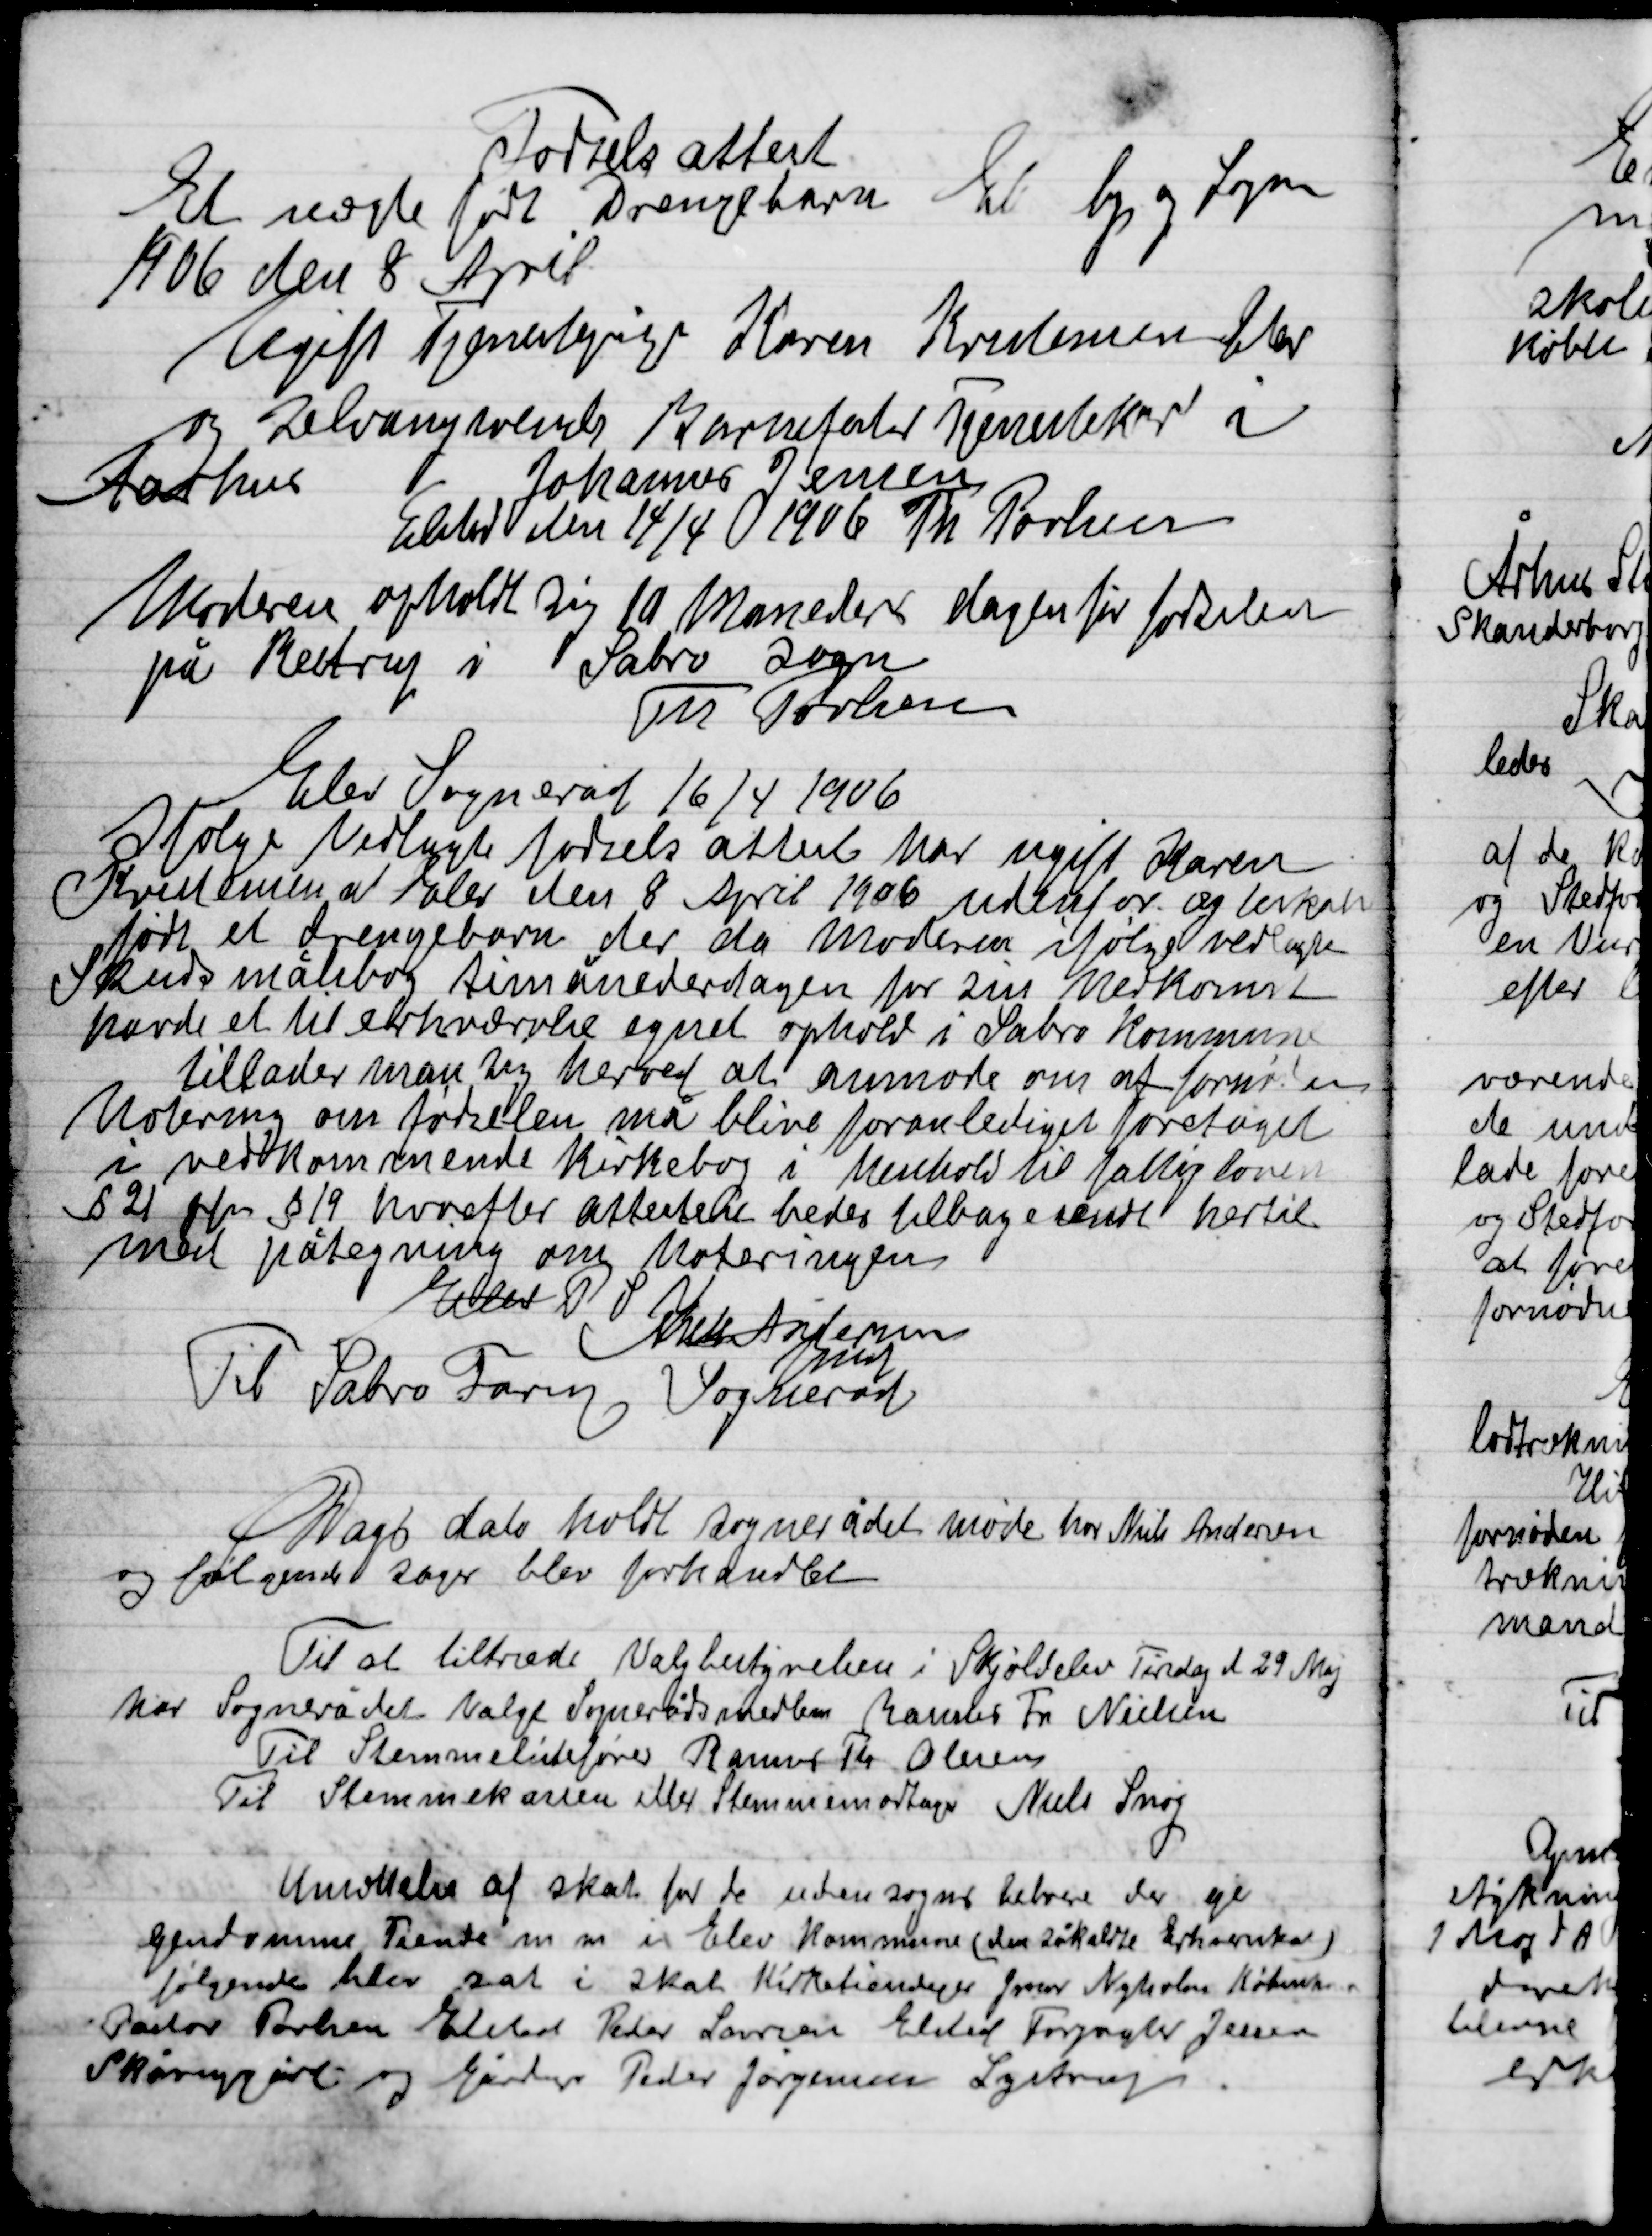
Transskription:
Fødselsattest
Et uægte født Drengebarn Et by og Sogn
1906 den 8 April

Ugift Tjenestepige Karen Krestensen Elev
og selvangivende Barnefader Tjenestekarl i
Aarhus
Johannes Jensen
Elsted den 14/4 1906 Th. Poulsen
Moderen opholdt sig 10 Måneder dagen før fødslen
På Betrup i Sabro Sogn
Th. Poulsen

Elev Sogneråd 16/4 1906
Ifølge vedlagte attest har ugifte Karen
Krestensen af Elev den 8 April 1906 udenfor ægteskab
født et drengebarn der da moderen ifølge vedlagte
Skudsmålebog timånedersdagen for sin nedkomst
have et til erhvervelse egnet ophold i Sabro Kommune
Tillader man sig herved at anmode om at fornøden
Notering om fødslen må blive foranlediget foretaget
I vedkommende Kirkebog i henhold til fattigloven
§ 21 pln § 19 hvorefter attesteret bedes tilbagesendt hertil
Medpåtegning om Noteringen
Elev P.S.N.
Niels Andersen
fmd.
Til Sabro Fårup Sogneråd

Dags dato holdt Sognerådet møde hos Niels Andersen
og følgende sager blev forhandlet

Til at tiltræde valgbestyrelen i Skjoldelev Tirsdag d. 29 Maj
har Sognerådet Valgt Sognerådsmedlem Rasmus Fr. Nielsen
Til Stemme listefører Rasmus Th. Olsen
Til Stemmekassen eller Stemmemodtager Niels Snog

af skat for de udensogns beboere der ejer
Ejendomme Tiende m.m. i Elev Kommune (den såkaldte Erhvervsskat)
Følgende blev sat i skat Kirketjeder Jens Nyholm Købmand
 Poulsen Elsted Peter Larsen Elsted Forpagter Jensen
Skårupgård og Gårdejer Peder Jørgensen Lystrup